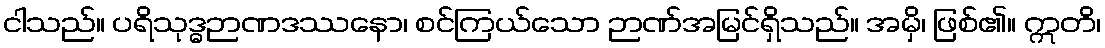
ငါသည်။ ပရိသုဒ္ဓဉာဏဒဿနော၊ စင်ကြယ်သော ဉာဏ်အမြင်ရှိသည်။ အမှိ၊ ဖြစ်၏။ ဣတိ၊